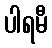
ပါရမီ